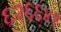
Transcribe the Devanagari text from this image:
६२६६४१